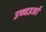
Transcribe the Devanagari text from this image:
उच्चउर्जा